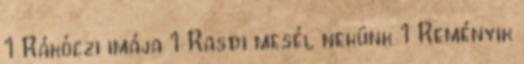
1 Rákóczi imája 1 Rasdi mesél nekünk 1 Reményik